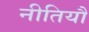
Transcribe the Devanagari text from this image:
नीतियौं